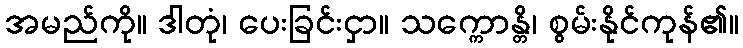
အမည်ကို။ ဒါတုံ၊ ပေးခြင်းငှာ။ သက္ကောန္တိ၊ စွမ်းနိုင်ကုန်၏။